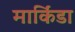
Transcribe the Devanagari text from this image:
मार्किंडा